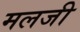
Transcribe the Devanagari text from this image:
मलजी